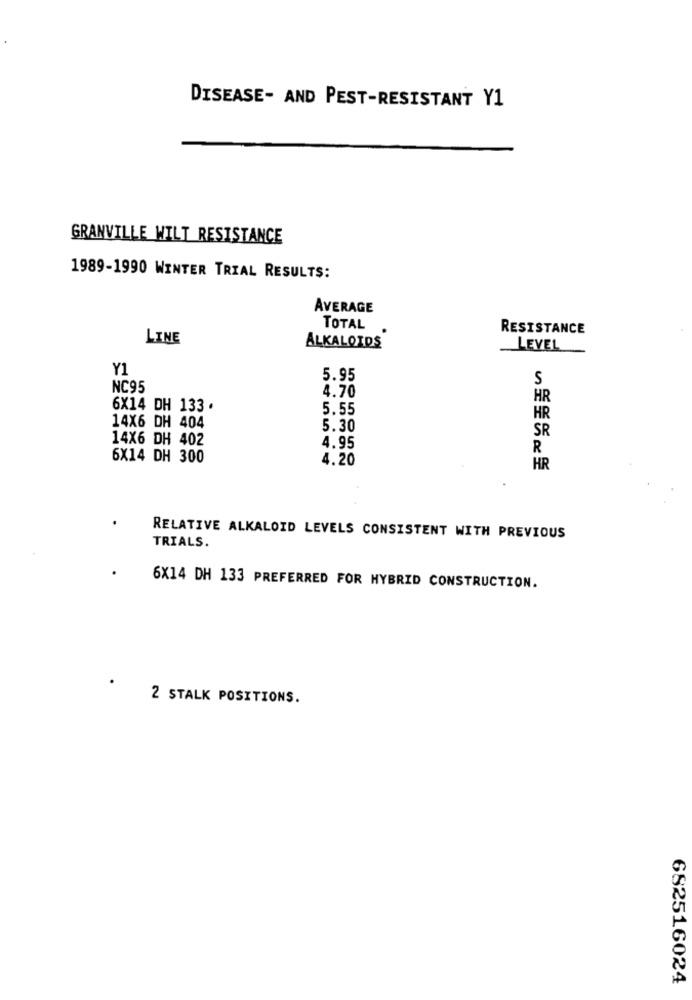
DISEASE- AND PEST-RESISTANT Y1
GRANVILLE WILT RESISTANCE
1989-1990 WINTER TRIAL RESULTS:
AVERAGE
TOTAL
RESISTANCE
LINE
ALKALOIDS
LEVEL
Y1
5.95
S
NC95
4.70
HR
6X14 DH 133 .
5.55
HR
14X6 DH 404
5.30
SR
14X6 DH 402
4.95
R
6X14 DH 300
4.20
HR
RELATIVE ALKALOID LEVELS CONSISTENT WITH PREVIOUS
TRIALS.
6X14 DH 133 PREFERRED FOR HYBRID CONSTRUCTION.
2 STALK POSITIONS.
682516024